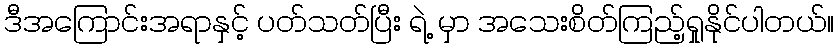
ဒီအကြောင်းအရာနှင့် ပတ်သတ်ပြီး ရဲ့ မှာ အသေးစိတ်ကြည့်ရှုနိုင်ပါတယ်။